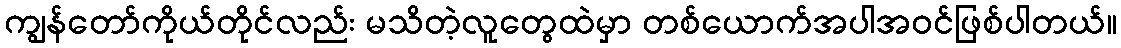
ကျွန်တော်ကိုယ်တိုင်လည်း မသိတဲ့လူတွေထဲမှာ တစ်ယောက်အပါအဝင်ဖြစ်ပါတယ်။